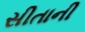
સીતાની